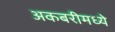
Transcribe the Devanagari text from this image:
अकबरीमध्ये